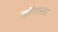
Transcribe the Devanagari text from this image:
कॉयलर